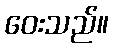
ဝေးသည်။